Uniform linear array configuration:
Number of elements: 4
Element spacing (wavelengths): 0.5
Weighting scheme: binomial
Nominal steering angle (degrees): -60
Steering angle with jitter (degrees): -60.208
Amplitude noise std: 0.05
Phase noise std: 0.05

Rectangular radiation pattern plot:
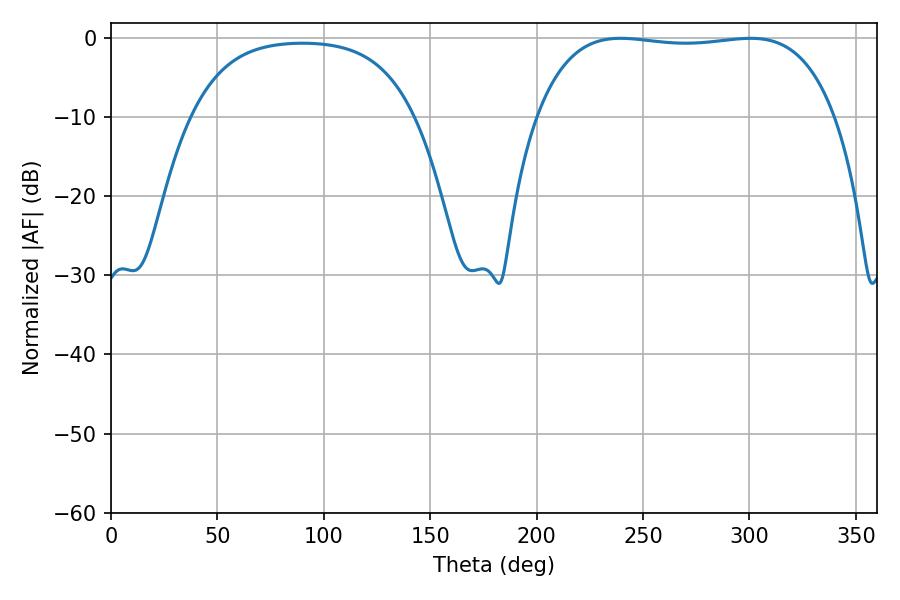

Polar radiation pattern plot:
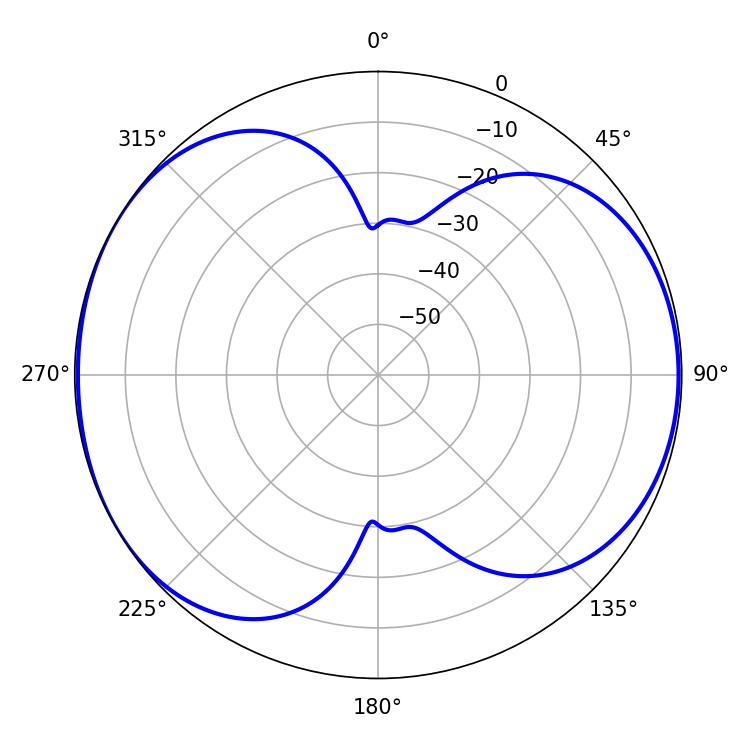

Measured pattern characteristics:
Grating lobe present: FALSE
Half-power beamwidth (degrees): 111.24
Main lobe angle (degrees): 239.4